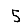
Digit: 5